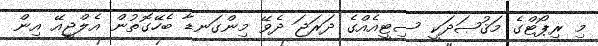
މި ރިޕޯޓްގެ މަޤުޞަދަކީ ސިޓީއެއްގެ ދަރަޖަ ދެވޭ މިންގަނޑާ ބެހޭގޮތުން އެލްޖީއޭ އިން